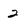
Character: 2